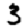
Digit: 3